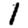
Digit: 1